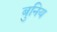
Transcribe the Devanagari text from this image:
बुनिय